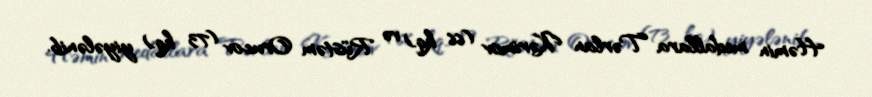
Həmin medallara Tərlan Kərimov (66 kq) və Rüstəm Orucov (73 kq) yiyələnib.